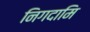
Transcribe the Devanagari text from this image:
निगदामि